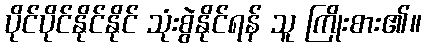
ပိုင်ပိုင်နိုင်နိုင် သုံးစွဲနိုင်ရန် သူ ကြိုးစား၏။